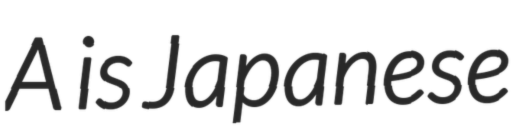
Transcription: A is Japanese